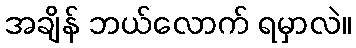
အချိန် ဘယ်လောက် ရမှာလဲ။